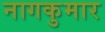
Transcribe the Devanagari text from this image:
नागकुमार